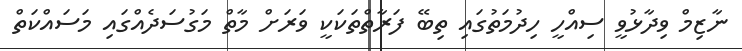
ނާޒިމް ވިދާޅުވީ ސިއްހީ ހިދުމަތުގައި ތިބޭ ފަރާތްތަކަކީ ވަރަށް މާތް މަގުސަދެއްގައި މަސައްކަތް